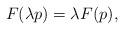
LaTeX: \begin{align*}F(\lambda p)=\lambda F(p),\end{align*}